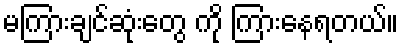
မကြားချင်ဆုံးတွေ ကို ကြားနေရတယ်။